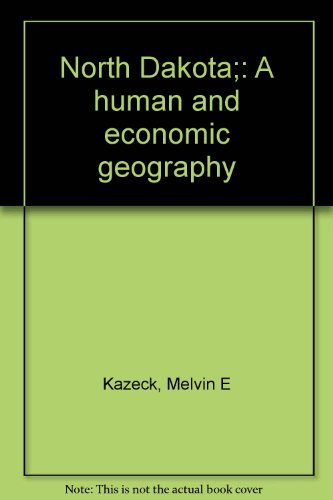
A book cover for North Dakota;: A human and economic geography; Melvin E Kazeck; Travel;